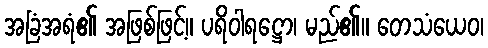
အခြံအရံ၏ အဖြစ်ဖြင့်။ ပရိဝါရဋ္ဌော၊ မည်၏။ တေသံယေဝ၊